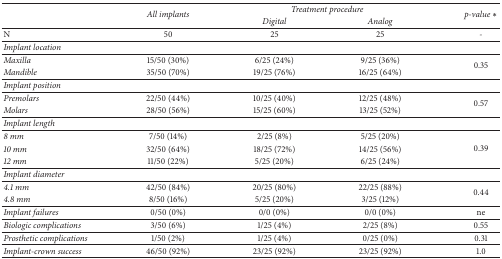
| <ROWSPAN=2>  | <ROWSPAN=2> All implants | <COLSPAN=2> Treatment procedure | <ROWSPAN=2> p-value ∗ |
 | Digital | Analog |
 | --- | --- | --- | --- | --- |
 | N | 50 | 25 | 25 | - |
 | <COLSPAN=5> Implant location |
 | Maxilla | 15/50 (30%) | 6/25 (24%) | 9/25 (36%) | <ROWSPAN=2> 0.35 |
 | Mandible | 35/50 (70%) | 19/25 (76%) | 16/25 (64%) |
 | <COLSPAN=5> Implant position |
 | Premolars | 22/50 (44%) | 10/25 (40%) | 12/25 (48%) | <ROWSPAN=2> 0.57 |
 | Molars | 28/50 (56%) | 15/25 (60%) | 13/25 (52%) |
 | <COLSPAN=5> Implant length |
 | 8 mm | 7/50 (14%) | 2/25 (8%) | 5/25 (20%) | <ROWSPAN=3> 0.39 |
 | 10 mm | 32/50 (64%) | 18/25 (72%) | 14/25 (56%) |
 | 12 mm | 11/50 (22%) | 5/25 (20%) | 6/25 (24%) |
 | <COLSPAN=5> Implant diameter |
 | 4.1 mm | 42/50 (84%) | 20/25 (80%) | 22/25 (88%) | <ROWSPAN=2> 0.44 |
 | 4.8 mm | 8/50 (16%) | 5/25 (20%) | 3/25 (12%) |
 | Implant failures | 0/50 (0%) | 0/0 (0%) | 0/0 (0%) | ne |
 | Biologic complications | 3/50 (6%) | 1/25 (4%) | 2/25 (8%) | 0.55 |
 | Prosthetic complications | 1/50 (2%) | 1/25 (4%) | 0/25 (0%) | 0.31 |
 | Implant-crown success | 46/50 (92%) | 23/25 (92%) | 23/25 (92%) | 1.0 |